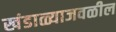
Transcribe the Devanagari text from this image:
खंडाळ्याजवळील